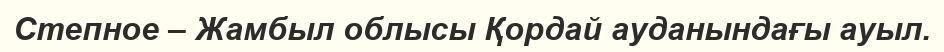
Степное – Жамбыл облысы Қордай ауданындағы ауыл.